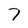
Character: 7